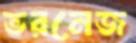
ভরনেজ